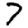
Digit: 7